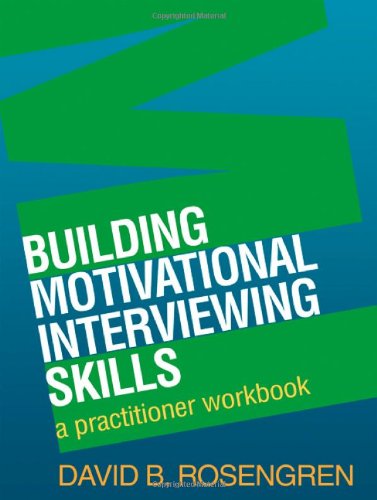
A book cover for Building Motivational Interviewing Skills: A Practitioner Workbook (Applications of Motivational Interviewing); David B. Rosengren; Medical Books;